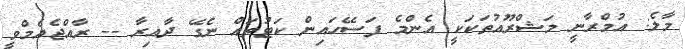
މާލެ: އުމްރާނީ މަޝްރޫއުތަކަކީ އެންމެ ފަސޭހައިން ކަޓުތައް ނެގޭ ދާއިރާ -- ރާއްޖެއެމްވީ